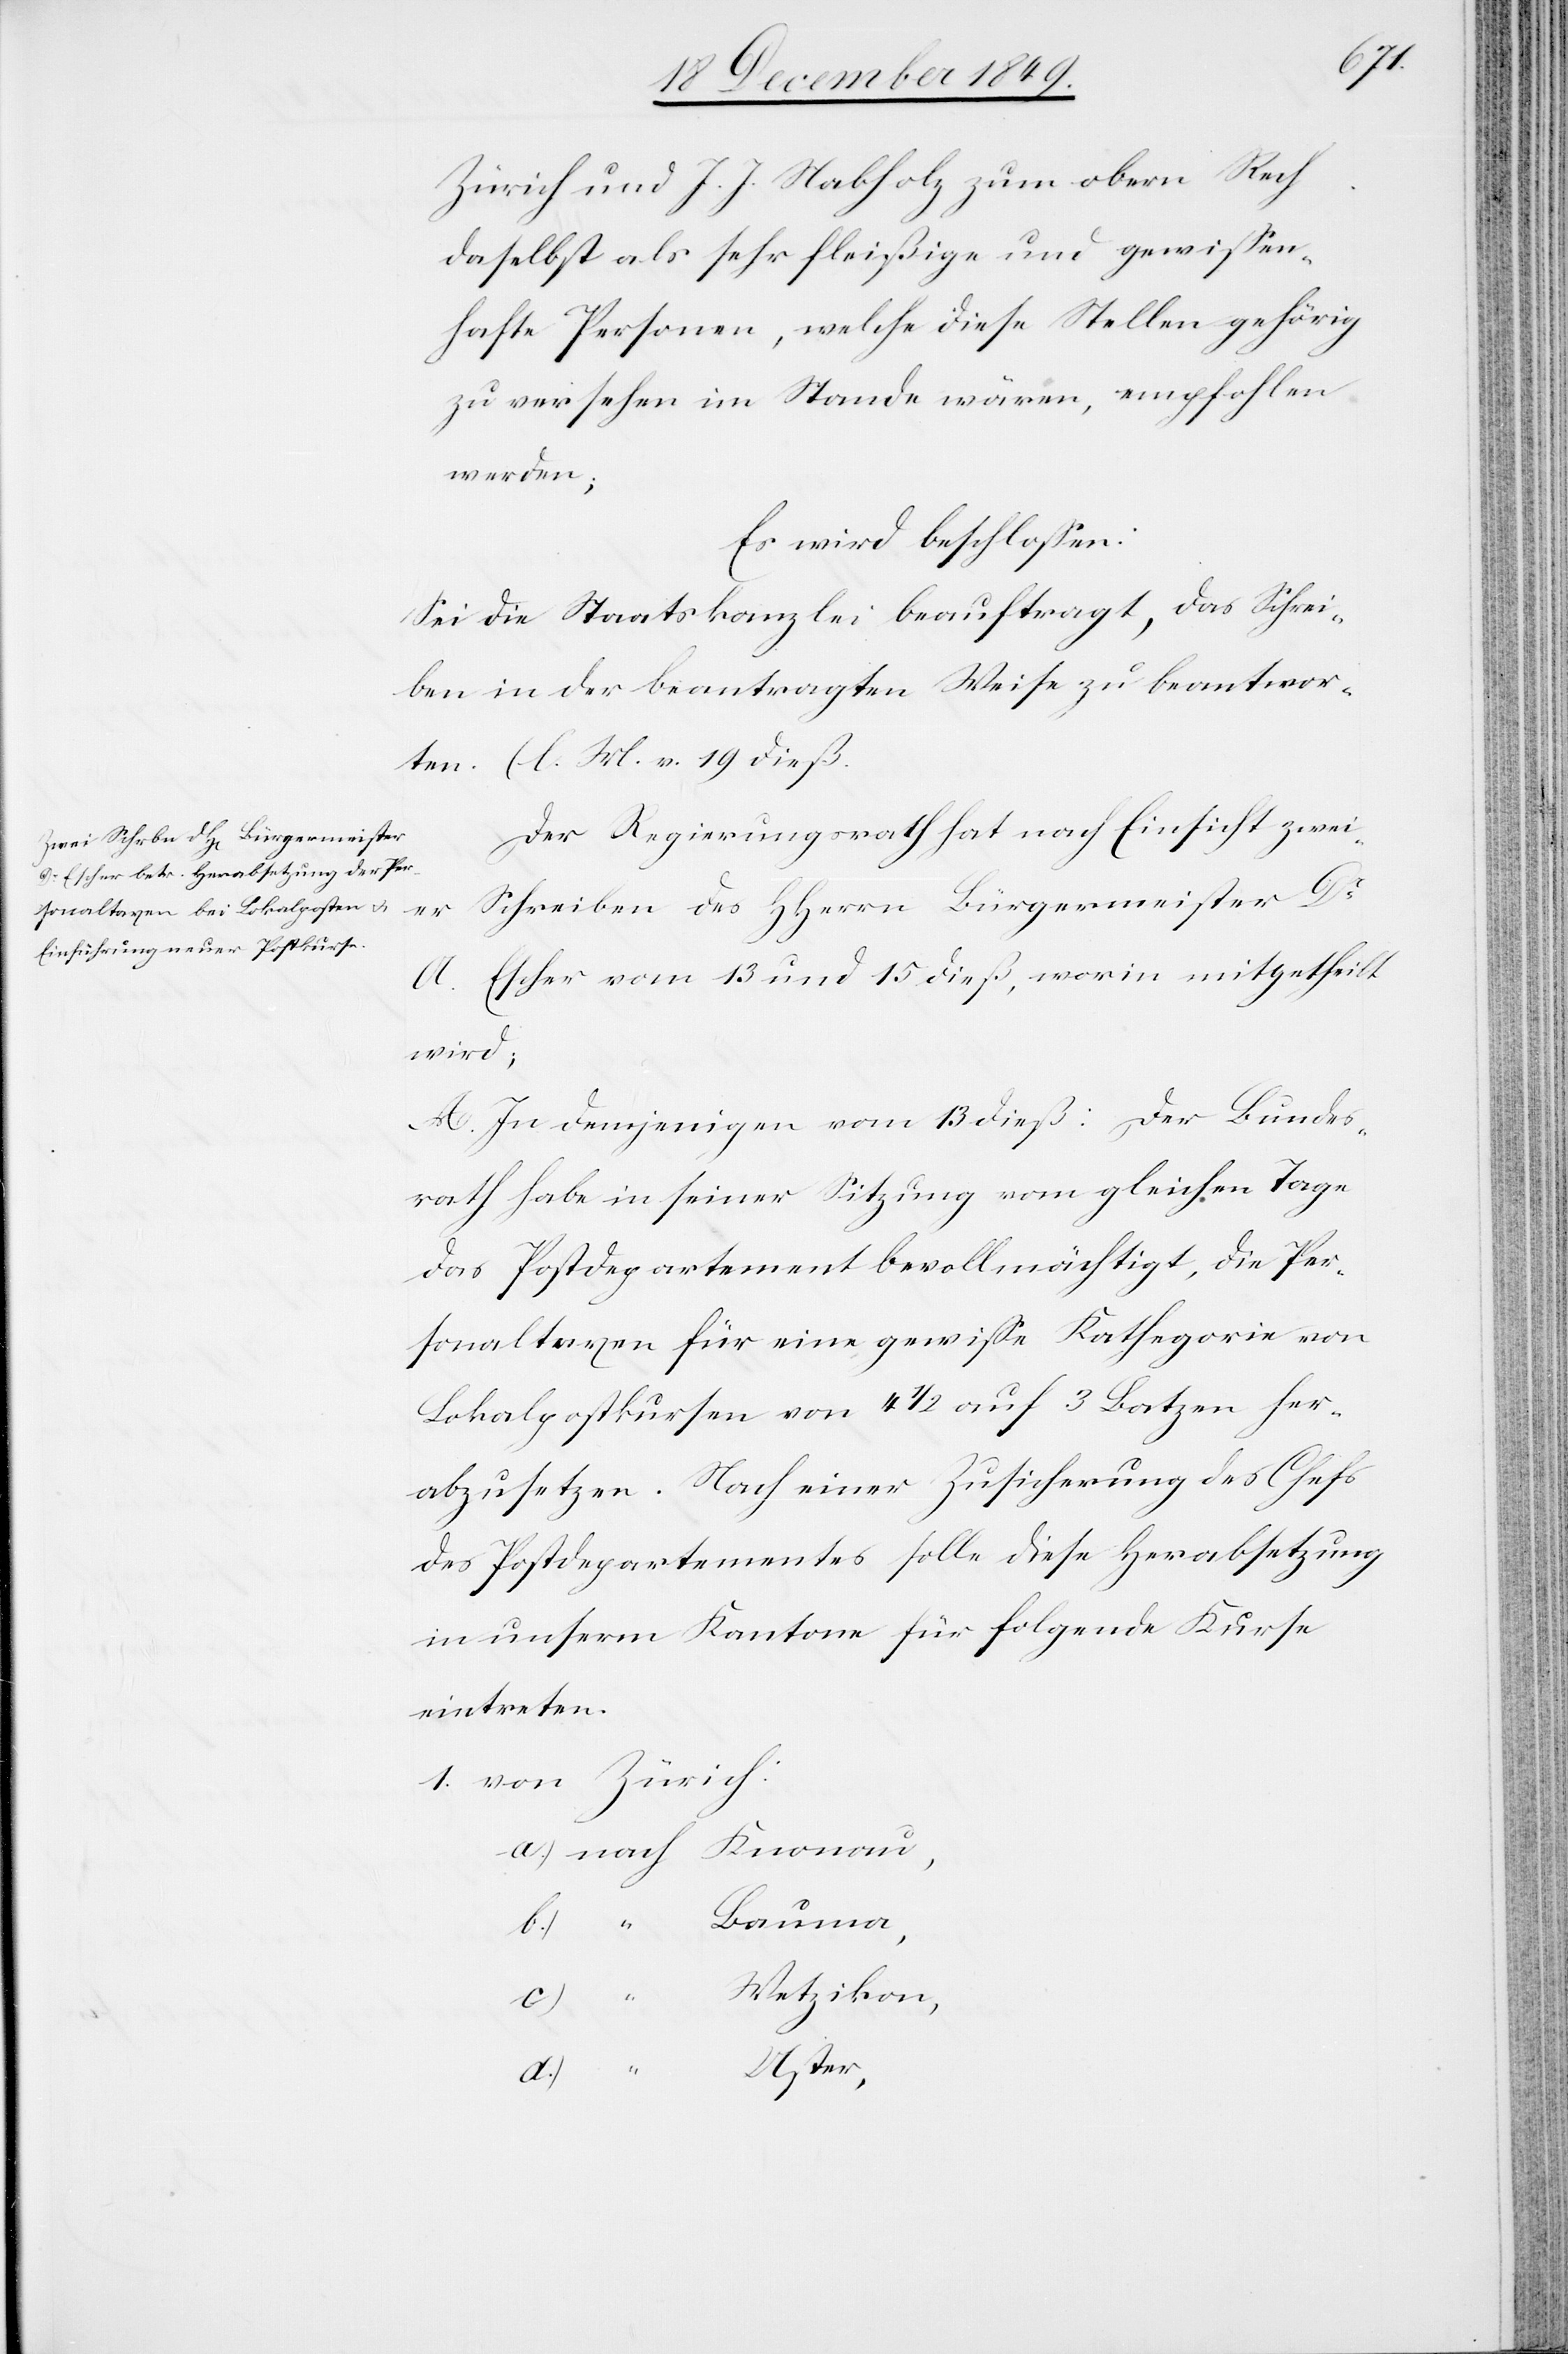
Zürich und J. J. Stabholz zum obern Rech
daselbst als sehr fleißige und gewißen¬
hafte Personen, welche diese Stellen gehörig
zu versehen im Stande wären, empfohlen
werden;
Es wird beschloßen:
Sei die Staatskanzlei beauftragt, das Schrei¬
ben in der beantragten Weise zu beantwor¬
Der Regierungsrath hat nach Einsicht zwei¬
er Schreiben des HHerrn Bürgermeister Dr
A. Escher vom 13 und 15 dieß, worin mitgetheilt
wird;
A. In demjenigen vom 13 dieß: Der Bundes¬
rath habe in seiner Sitzung vom gleichen Tage
das Postdepartement bevollmächtigt, die Per¬
sonaltaxe für eine gewiße Kathegorie von
Lokalpostkursen von 4 1/2 auf 3 Batzen her¬
abzusetzen. Nach einer Zusicherung des Chefs
des Postdepartementes solle diese Herabsetzung
in unserm Kantone für folgende Kurse
eintreten.
1. von Zürich:
a.) nach Knonau,
Bauma,
v. h.
Wetzikon,
d.)
Uster,